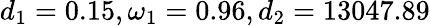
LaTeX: d_{1}=0.15,\omega_{1}=0.96,d_{2}=13047.89